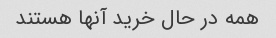
همه در حال خرید آنها هستند